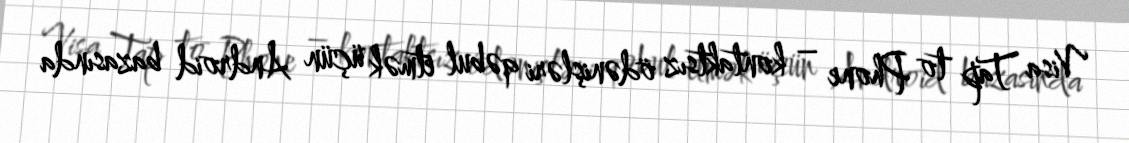
Visa Tap to Phone – kontaktsız ödənişləri qəbul etmək üçün Android bazasında